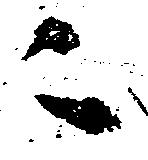
ニ